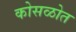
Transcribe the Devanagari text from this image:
कोसळोत